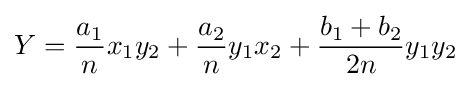
Y={\frac {a_{1}}{n}}x_{1}y_{2}+{\frac {a_{2}}{n}}y_{1}x_{2}+{\frac {b_{1}+b_{2}}{2n}}y_{1}y_{2}